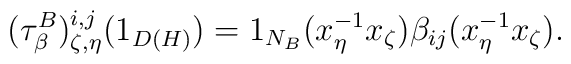
(\tau^{B}_{\beta})^{i,j}_{\zeta,\eta}(1_{D(H)})=1_{N_{B}}(x_{\eta}^{-1}x_{\zeta})\beta_{ij}(x_{\eta}^{-1}x_{\zeta}).